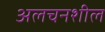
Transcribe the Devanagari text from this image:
अलचनशील